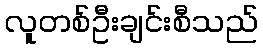
လူတစ်ဦးချင်းစီသည်